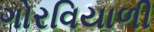
ગોરવિયાળી